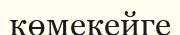
көмекейге